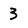
Character: 3